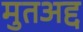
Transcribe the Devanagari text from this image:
मुतअद्द